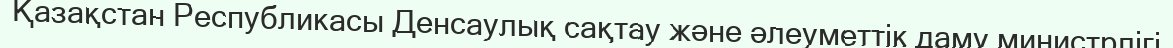
Қазақстан Республикасы Денсаулық сақтау және әлеуметтік даму министрлігі